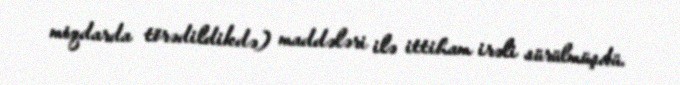
miqdarda törədildikdə) maddələri ilə ittiham irəli sürülmüşdü.